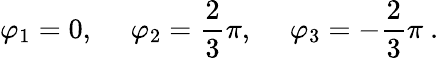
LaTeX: \varphi_{1}=0,\ \ \ \ \ \varphi_{2}=\frac 23\pi,\ \ \ \ \ \varphi_{3}=-\frac 23\pi\ .